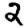
Digit: 2